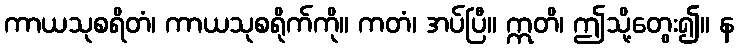
ကာယသုစရိတံ၊ ကာယသုစရိုက်ကို။ ကတံ၊ အပ်ပြီ။ ဣတိ၊ ဤသို့တွေး၍။ န